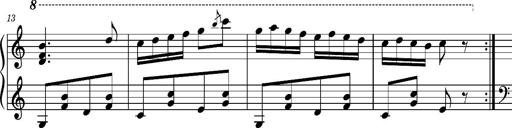
Title: Ungarischer Romanzero
Composer: Franz Liszt